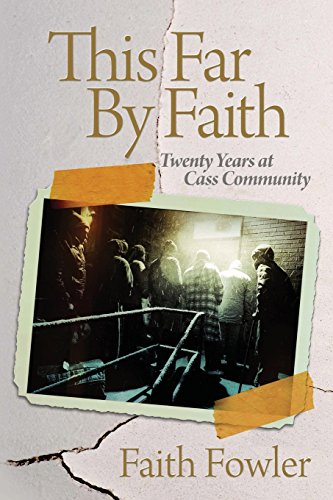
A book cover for This Far By Faith; Faith Fowler; Business & Money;